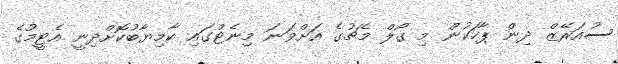
ސުއަރޭޒް ދިން ޕާހަކުން މި ގޯލް މެޗުގެ އަށްވަނަ މިނެޓްގައި ކާމިޔާބުކޮށްދިނީ އެޓީމުގެ